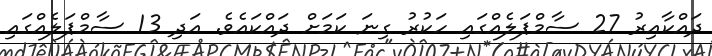
ދައްކާއިރު 27 ސާމްޕަލެއްގައި ހަކުރު ގިނަ ކަމަށް ދައްކައެވެ. އަދި 13 ސާމްޕަލެއްގައި